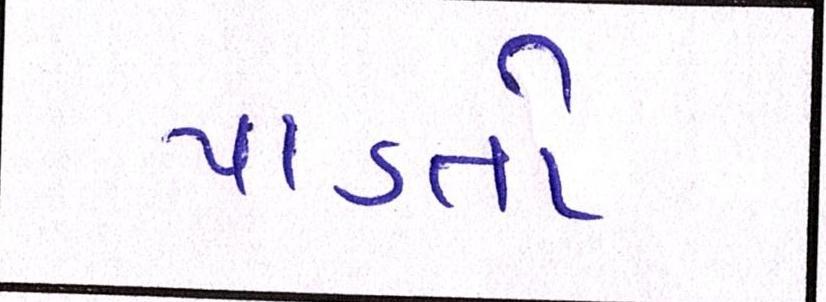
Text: પાડતો